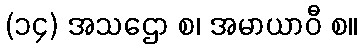
(၁၄) အသဌော စ၊ အမာယာဝီ စ။